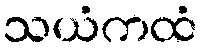
သယံကထံ